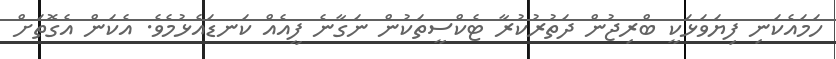
ހަމައެކަނި ފިޔަވަޅަކީ ބްރިޖުން ދަތުރުކުރާ ޓެކްސީތަކުން ނަގާނެ ފީއެއް ކަނޑައެޅުމެވެ. އެކަން އެގޮތަށް